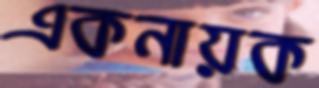
একনায়ক